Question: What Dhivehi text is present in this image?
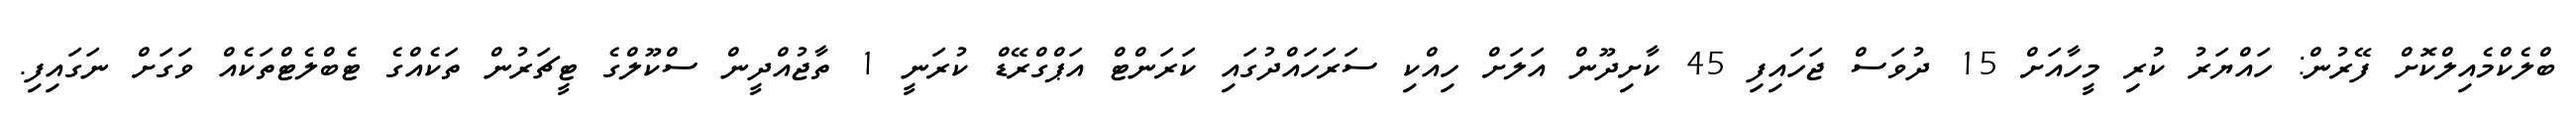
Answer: ބްލެކްމެއިލްކޮށް ފޭރުން: ހައްޔަރު ކުރި މީހާއަށް 15 ދުވަސް ޖަހައިފި 45 ކާށިދޫން އަލަށް ހިއްކި ސަރަހައްދުގައި ކަރަންޓް އަޕްގްރޭޑް ކުރަނީ 1 ތާޖުއްދީން ސްކޫލްގެ ޓީޗަރުން ތަކެއްގެ ޓެބްލެޓްތަކެއް ވަގަށް ނަގައިފި.